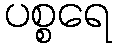
ပစ္စရေ